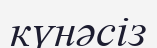
күнәсіз